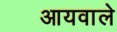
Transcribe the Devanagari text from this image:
आयवाले